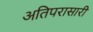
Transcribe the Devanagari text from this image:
अतिपरासारी